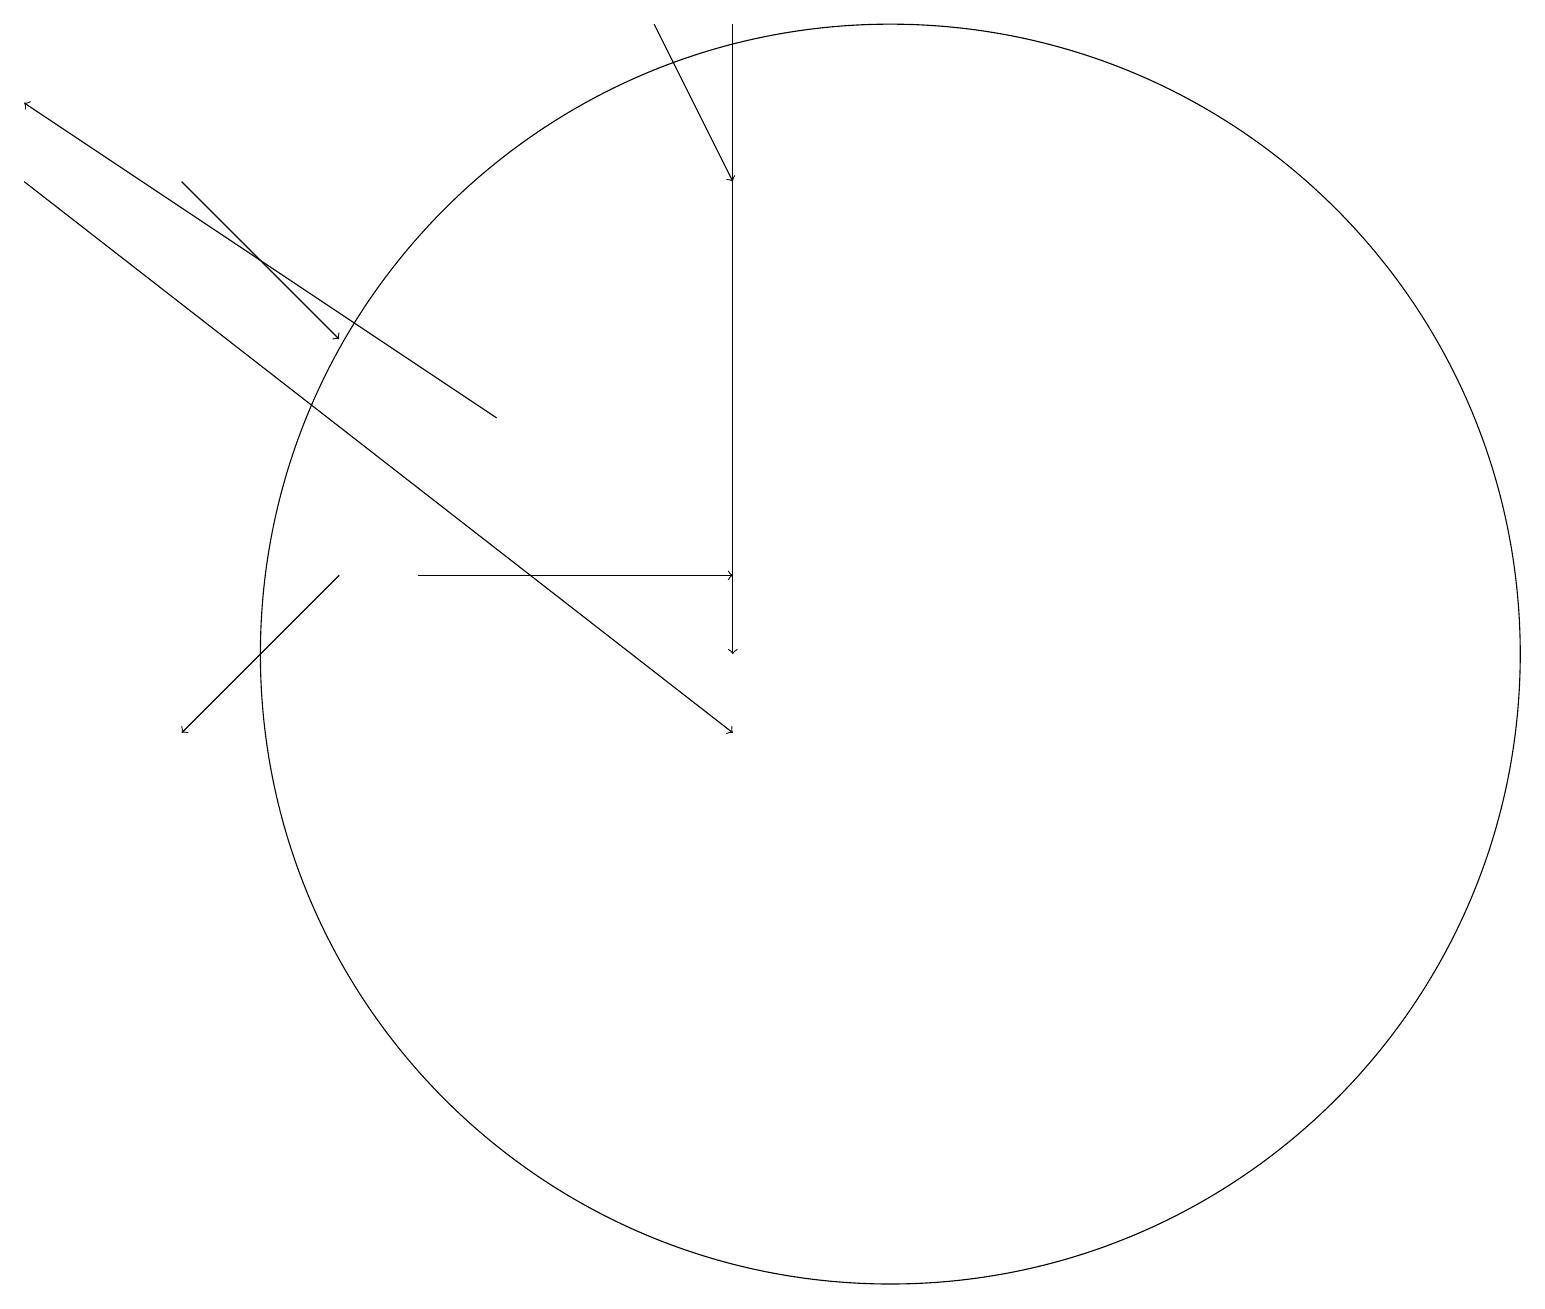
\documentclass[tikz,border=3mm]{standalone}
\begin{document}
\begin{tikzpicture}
\draw[->] (4,12) -- (2,10);
\draw[->] (9,19) -- (9,11);
\draw[->] (5,12) -- (9,12);
\draw[->] (2,17) -- (4,15);
\draw[->] (0,17) -- (9,10);
\draw (11,11) circle (8);
\draw[->] (8,19) -- (9,17);
\draw[->] (6,14) -- (0,18);
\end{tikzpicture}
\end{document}